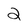
Character: 2